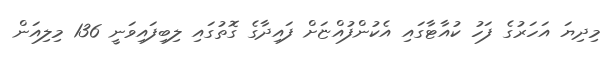
މިދިޔަ އަހަރުގެ ފަހު ކުއާޓާގައި އެކުންފުއްޏަށް ފައިދާގެ ގޮތުގައި ލިބިފައިވަނީ 136 މިލިއަން